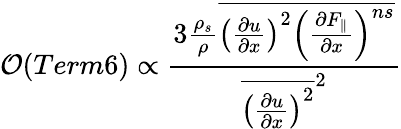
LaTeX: {\cal O}(Term6)\propto\frac{3\frac{\rho_{s}}{\rho}\overline{{\left(\frac{\partial u}{\partial x}\right)^{2}\left(\frac{\partial F_{\parallel}}{\partial x}\right)^{ns}}}}{{\overline{{\left(\frac{\partial u}{\partial x}\right)^{2}}}^{2}}}